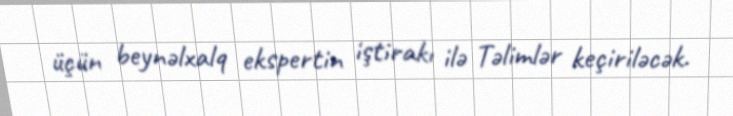
üçün beynəlxalq ekspertin iştirakı ilə Təlimlər keçiriləcək.